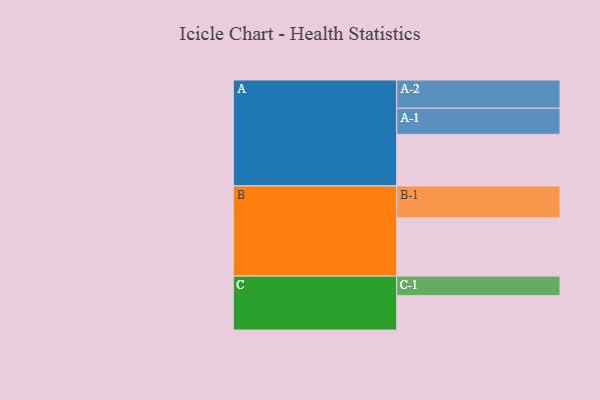
{"axis": {"x": "Segment", "y": "Value"}, "legend": ["", "A", "B", "C"], "data": [{"x": "A", "y": 461, "type": ""}, {"x": "B", "y": 521, "type": ""}, {"x": "C", "y": 307, "type": ""}, {"x": "A-1", "y": 234, "type": "A"}, {"x": "A-2", "y": 252, "type": "A"}, {"x": "B-1", "y": 285, "type": "B"}, {"x": "C-1", "y": 175, "type": "C"}]}